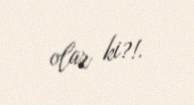
olar ki?!.